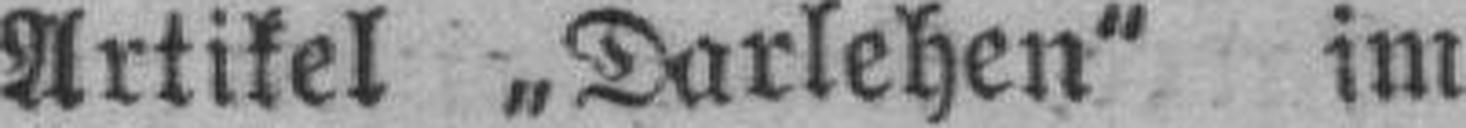
Artikel „Darlehen" im